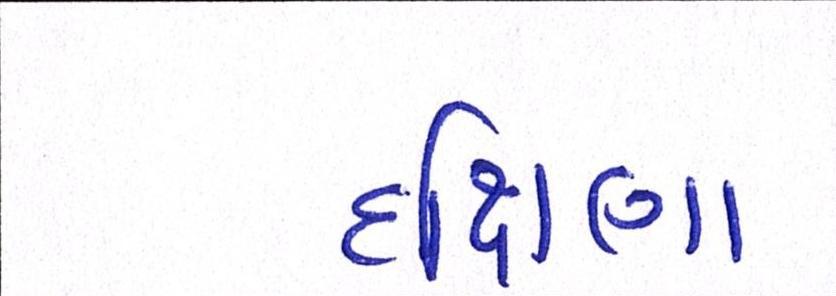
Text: દક્ષિણા